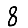
Digit: 8